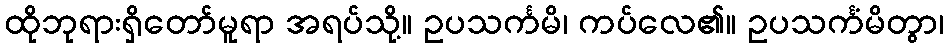
ထိုဘုရားရှိတော်မူရာ အရပ်သို့။ ဥပသင်္ကမိ၊ ကပ်လေ၏။ ဥပသင်္ကံမိတွာ၊